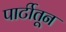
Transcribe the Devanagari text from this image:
पार्टीतून